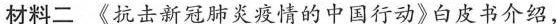
材料二《抗击新冠肺炎疫情的中国行动》白皮书介绍，